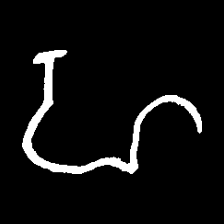
Pyu character \u2014 Myanmar letter: ဟ (romanized: ha)